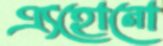
এ্যহোনো